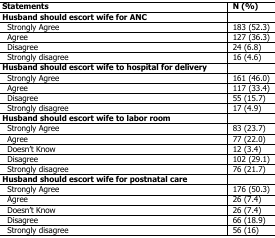
| Statements | N (%) |
 | --- | --- |
 | Husband should escort wife for ANC |  |
 | Strongly Agree | 183 (52.3) |
 | Agree | 127 (36.3) |
 | Disagree | 24 (6.8) |
 | Strongly disagree | 16 (4.6) |
 | Husband should escort wife to hospital for delivery |  |
 | Strongly Agree | 161 (46.0) |
 | Agree | 117 (33.4) |
 | Disagree | 55 (15.7) |
 | Strongly disagree | 17 (4.9) |
 | Husband should escort wife to labor room |  |
 | Strongly Agree | 83 (23.7) |
 | Agree | 77 (22.0) |
 | Doesn’t Know | 12 (3.4) |
 | Disagree | 102 (29.1) |
 | Strongly disagree | 76 (21.7) |
 | Husband should escort wife for postnatal care |  |
 | Strongly Agree | 176 (50.3) |
 | Agree | 26 (7.4) |
 | Doesn’t Know | 26 (7.4) |
 | Disagree | 66 (18.9) |
 | Strongly disagree | 56 (16) |